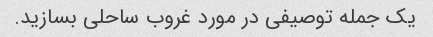
یک جمله توصیفی در مورد غروب ساحلی بسازید.